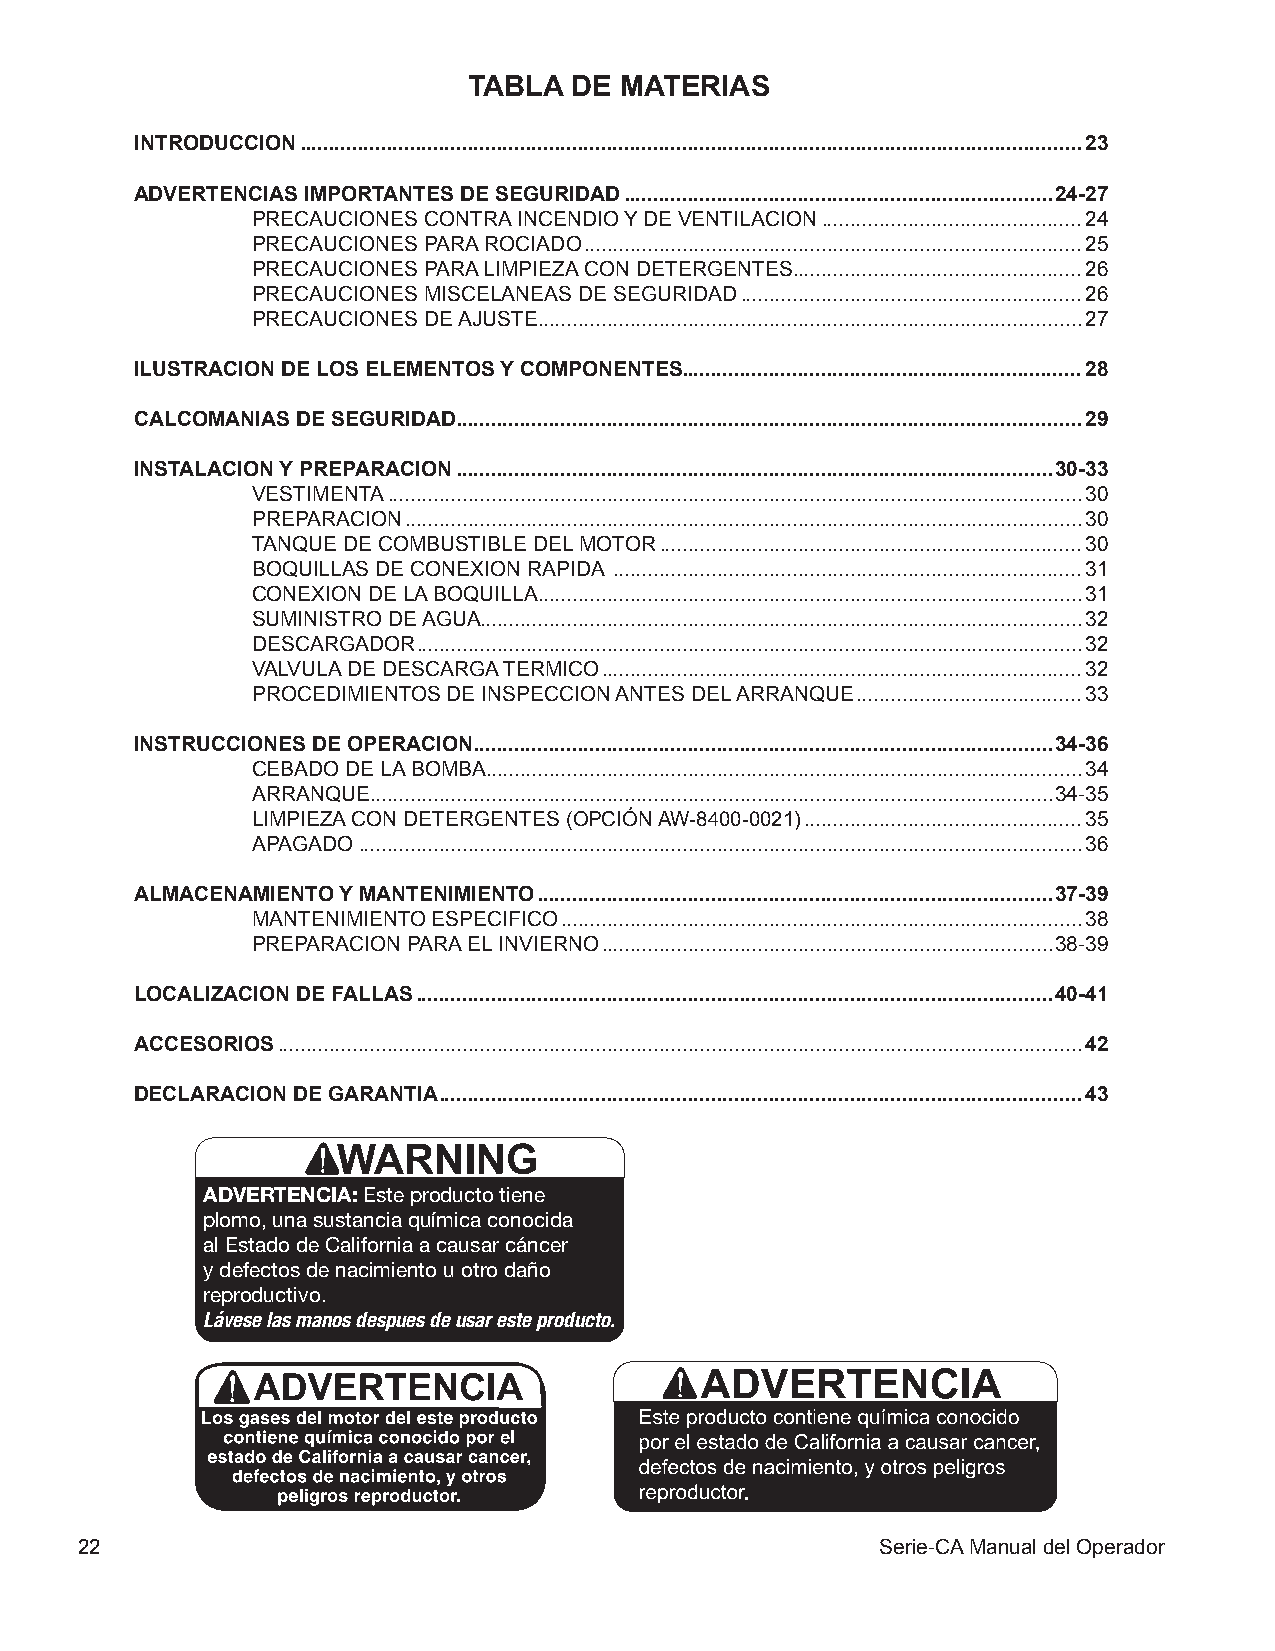
TABLA  DE MATERIAS
 INTRODUCCION .......................................................................................................................................23
 ADVERTENCIAS IMPORTANTES DE SEGURIDAD ..........................................................................24-27
 PRECAUCIONES CONTRA INCENDIO Y DE VENTILACION .............................................24
 PRECAUCIONES PARA ROCIADO ......................................................................................25
 PRECAUCIONES PARA LIMPIEZA CON DETERGENTES ..................................................26
 PRECAUCIONES MISCELANEAS DE SEGURIDAD ...........................................................26
 PRECAUCIONES DE AJUSTE..............................................................................................27
 ILUSTRACION DE LOS ELEMENTOS Y COMPONENTES .....................................................................28
 CALCOMANIAS DE SEGURIDAD ............................................................................................................29
 INSTALACION Y PREPARACION .......................................................................................................30-33
 VESTIMENTA ........................................................................................................................30
 PREPARACION .....................................................................................................................30
 TANQUE DE COMBUSTIBLE DEL MOTOR .........................................................................30
 BOQUILLAS DE CONEXION RAPIDA .................................................................................31
 CONEXION DE LA BOQUILLA ..............................................................................................31
 SUMINISTRO DE AGUA........................................................................................................32
 DESCARGADOR ...................................................................................................................32
 VALVULA DE DESCARGA TERMICO ...................................................................................32
 PROCEDIMIENTOS DE INSPECCION ANTES DEL ARRANQUE .......................................33
 INSTRUCCIONES DE OPERACION ....................................................................................................34-36
 CEBADO DE LA BOMBA .......................................................................................................34
 ARRANQUE......................................................................................................................34-35
 LIMPIEZA CON DETERGENTES (OPCIÓN AW-8400-0021) ................................................35
 APAGADO .............................................................................................................................36
 ALMACENAMIENTO Y MANTENIMIENTO .........................................................................................37-39
 MANTENIMIENTO ESPECIFICO ..........................................................................................38
 PREPARACION PARA EL INVIERNO ..............................................................................38-39
 LOCALIZACION DE FALLAS ..............................................................................................................40-41
 ACCESORIOS ...........................................................................................................................................42
 DECLARACION DE GARANTIA ...............................................................................................................43
 ADVERTENCIA: Este producto tiene
 plomo, una sustancia química conocida
 al Estado de California a causar cáncer
 y defectos de nacimiento u otro daño
 reproductivo.
 Lávese las manos despues de usar este producto.
 22                                                   Serie-CA Manual del Operador